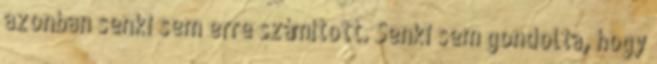
azonban senki sem erre számított. Senki sem gondolta, hogy